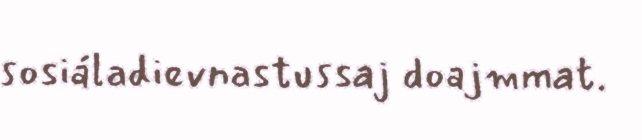
sosiáladievnastussaj doajmmat.